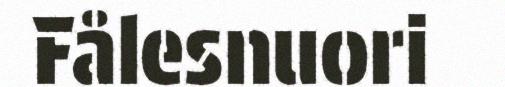
Fålesnuori